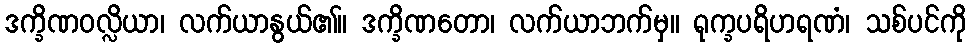
ဒက္ခိဏဝလ္လိယာ၊ လက်ယာနွယ်၏။ ဒက္ခိဏတော၊ လက်ယာဘက်မှ။ ရုက္ခပရိဟရဏံ၊ သစ်ပင်ကို